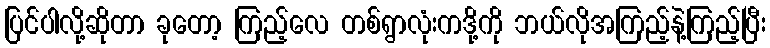
ပြင်ပါလို့ဆိုတာ ခုတော့ ကြည့်လေ တစ်ရွာလုံးကဒို့ကို ဘယ်လိုအကြည့်နဲ့ကြည့်ပြီး